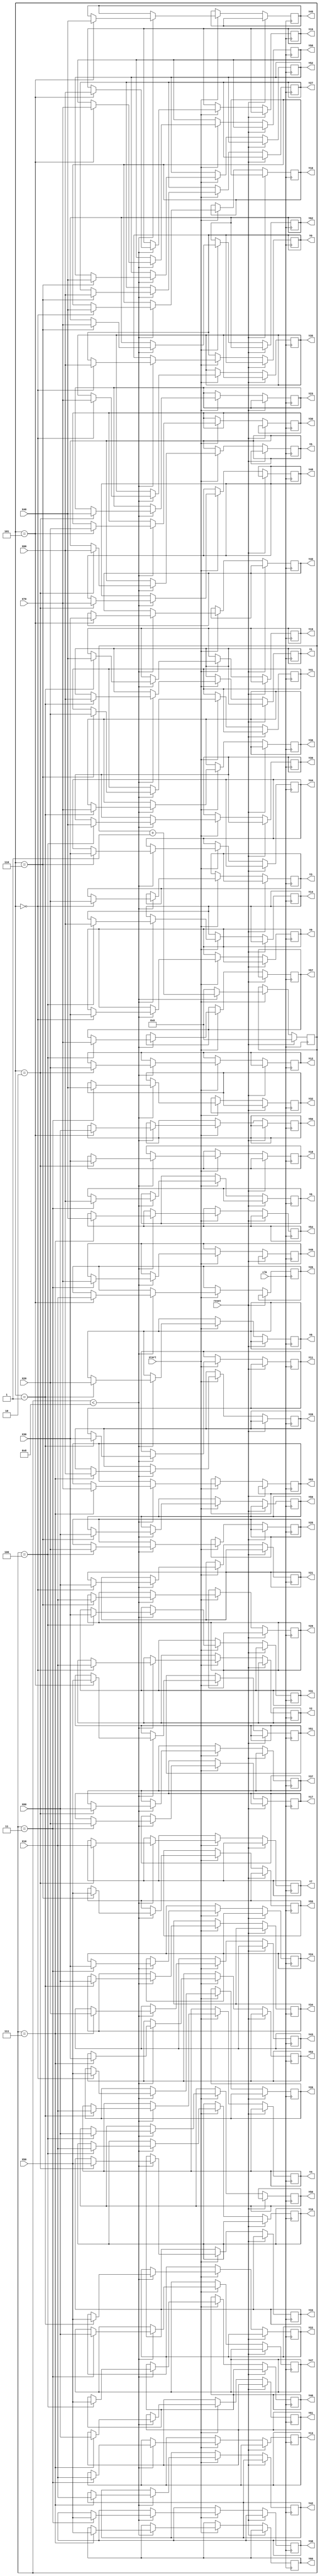
module zigzag #(parameter N = 8)(X00,X10,X20,X30,X40,X50,X60,X70,clk,reset,start,Y0,Y1,Y2,Y3,Y4,Y5,Y6,Y7,Y8,Y9,Y10,Y11,Y12,Y13,Y14,Y15,Y16,Y17,Y18,Y19,Y20,Y21,Y22,Y23,Y24,Y25,Y26,Y27,Y28,Y29,Y30,Y31,Y32,Y33,Y34,Y35,Y36,Y37,Y38,Y39,Y40,Y41,Y42,Y43,Y44,Y45,Y46,Y47,Y48,Y49,Y50,Y51,Y52,Y53,Y54,Y55,Y56,Y57,Y58,Y59,Y60,Y61,Y62,Y63);   


input [5*N-20:0] X00,X10,X20,X30,X40,X50,X60,X70;

input clk,reset,start;

output reg [5*N-20:0] Y0,Y1,Y2,Y3,Y4,Y5,Y6,Y7,Y8,Y9,Y10,Y11,Y12,Y13,Y14,Y15,Y16,Y17,Y18,Y19,Y20,Y21,Y22,Y23,Y24,Y25,Y26,Y27,Y28,Y29,Y30,Y31,Y32,Y33,Y34,Y35,Y36,Y37,Y38,Y39,Y40,Y41,Y42,Y43,Y44,Y45,Y46,Y47,Y48,Y49,Y50,Y51,Y52,Y53,Y54,Y55,Y56,Y57,Y58,Y59,Y60,Y61,Y62,Y63;

reg [4:0] Count;

always @(posedge clk)
begin
	if(reset)
	begin
		Count=0;
	end
	else
	begin
		if(start)
		begin
			if(Count<8)
			begin
			if(Count==0)
			begin
				Y0=X00;
				Y2=X10;
				Y3=X20;
				Y9=X30;
				Y10=X40;
				Y20=X50;
				Y21=X60;
				Y35=X70;
			end
			if(Count==1)
			begin
				Y1=X00;
				Y4=X10;
				Y8=X20;
				Y11=X30;
				Y19=X40;
				Y22=X50;
				Y34=X60;
				Y36=X70;
			end
			if(Count==2)
			begin
				Y5=X00;
				Y7=X10;
				Y12=X20;
				Y18=X30;
				Y23=X40;
				Y33=X50;
				Y37=X60;
				Y48=X70;
			end
			if(Count==3)
			begin
				Y6=X00;
				Y13=X10;
				Y17=X20;
				Y24=X30;
				Y32=X40;
				Y38=X50;
				Y47=X60;
				Y49=X70;
			end

			if(Count==4)
			begin
				Y14=X00;
				Y16=X10;
				Y25=X20;
				Y31=X30;
				Y39=X40;
				Y46=X50;
				Y50=X60;
				Y57=X70;
			end

			if(Count==5)
			begin
				Y15=X00;
				Y26=X10;
				Y30=X20;
				Y40=X30;
				Y45=X40;
				Y51=X50;
				Y56=X60;
				Y58=X70;
			end

			
			if(Count==6)
			begin
				Y27=X00;
				Y29=X10;
				Y41=X20;
				Y44=X30;
				Y52=X40;
				Y55=X50;
				Y59=X60;
				Y62=X70;
			end


			if(Count==7)
			begin
				Y28=X00;
				Y42=X10;
				Y43=X20;
				Y53=X30;
				Y54=X40;
				Y60=X50;
				Y61=X60;
				Y63=X70;
			end

			Count=Count+1'b1;
			end
	
			else
			begin
				Count=0;
			end
		end
	end
end

endmodule